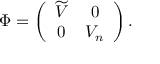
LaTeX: \Phi = \left( \begin{array} { c c } { { \widetilde { V } } } & { { 0 } } \\ { { 0 } } & { { V _ { n } } } \end{array} \right) .